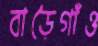
বাড়ৈগাঁও